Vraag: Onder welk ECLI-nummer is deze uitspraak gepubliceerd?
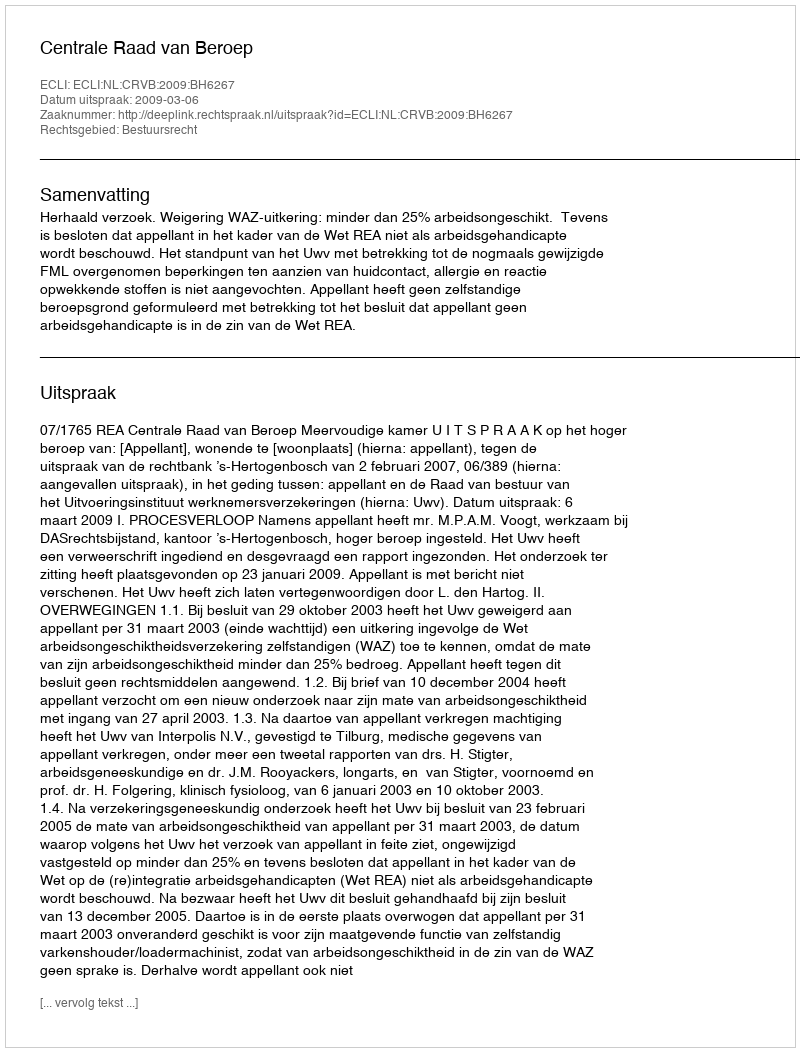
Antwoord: ECLI:NL:CRVB:2009:BH6267